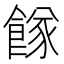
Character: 𩝌